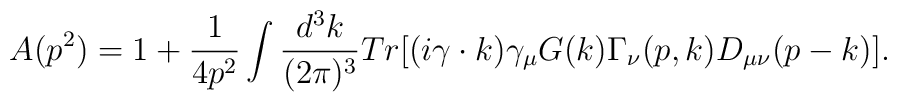
A(p^{2})=1+\frac{1}{4p^{2}}\int \frac{d^{3}k}{(2\pi )^{3}}Tr\lbrack(i\gamma\cdot k)\gamma _{\mu }G(k)\Gamma _{\nu }(p,k)D_{\mu \nu}(p-k)\rbrack.